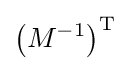
\left(M^{-1}\right)^{\mathrm {T} }